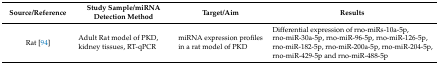
<table><thead><tr><td><b>Source/Reference</b></td><td><b>Study Sample/miRNA Detection Method</b></td><td><b>Target/Aim</b></td><td><b>Results</b></td></tr></thead><tbody><tr><td>Rat [94]</td><td>Adult Rat model of PKD, kidney tissues, RT-qPCR</td><td>miRNA expression profiles in a rat model of PKD</td><td>Differential expression of rno-miRs-10a-5p, rno-miR-30a-5p, rno-miR-96-5p, rno-miR-126-5p, rno-miR-182-5p, rno-miR-200a-5p, rno-miR-204-5p, rno-miR-429-5p and rno-miR-488-5p</td></tr></tbody></table>